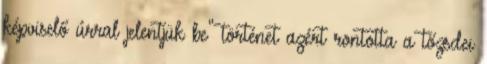
képviselő úrral jelentjük be" történet azért rontotta a tőzsdei